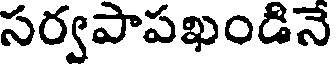
సర్వపాపఖండినే